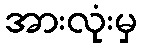
အားလုံးမှ